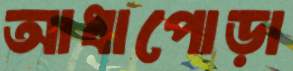
আধাপোড়া